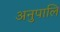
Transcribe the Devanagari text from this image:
अनुपालि